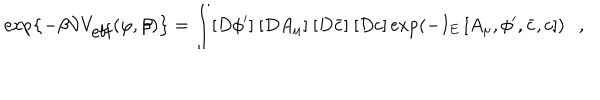
\exp \left\{ - \beta { \cal V } V _ { \mathrm { e f f } } ( \varphi , \beta ) \right\} = \int [ D \phi ^ { \prime } ] ~ [ D A _ { \mu } ] ~ [ D \bar { c } ] ~ [ D c ] \exp \left( - I _ { E } \left[ A _ { \mu } , \phi ^ { \prime } , \bar { c } , c \right] \right) ,